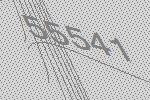
55541